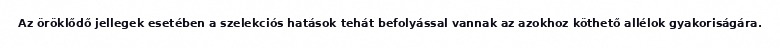
Az öröklődő jellegek esetében a szelekciós hatások tehát befolyással vannak az azokhoz köthető allélok gyakoriságára.